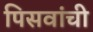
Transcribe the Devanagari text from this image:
पिसवांची